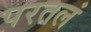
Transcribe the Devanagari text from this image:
परतलं